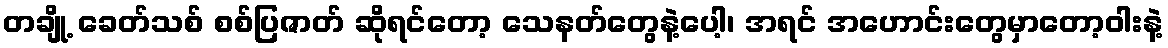
တချို့ ခေတ်သစ် စစ်ပြဇာတ် ဆိုရင်တော့ သေနတ်တွေနဲ့ပေါ့၊ အရင် အဟောင်းတွေမှာတော့ဝါးနဲ့